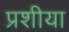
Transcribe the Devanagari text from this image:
प्रशीया